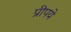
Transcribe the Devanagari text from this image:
प्रीपये